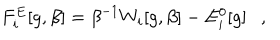
F _ { i } ^ { E } [ g , \beta ] = \beta ^ { - 1 } W _ { i } [ g , \beta ] - E _ { i } ^ { 0 } [ g ] ,